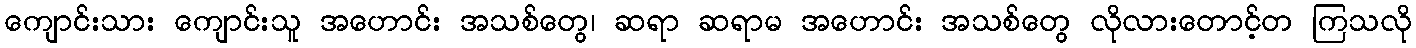
ကျောင်းသား ကျောင်းသူ အဟောင်း အသစ်တွေ၊ ဆရာ ဆရာမ အဟောင်း အသစ်တွေ လိုလားတောင့်တ ကြသလို